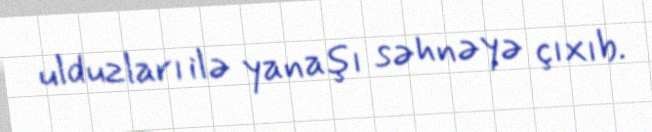
ulduzları ilə yanaşı səhnəyə çıxıb.